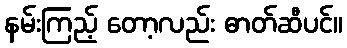
နမ်းကြည့် တော့လည်း ဓာတ်ဆီပင်။